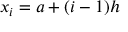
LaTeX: x _ { i } = a + ( i - 1 ) h